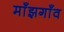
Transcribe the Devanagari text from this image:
माँझगाँव